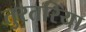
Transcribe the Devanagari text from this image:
तुरतरिया